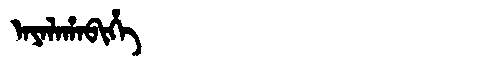
Manchu: ᠠᠶᠠᠯᠠᡥᠠᠪᡳᡥᡝ
Romanization: AYALAHABIHE